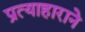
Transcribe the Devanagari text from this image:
प्रत्याहाराने